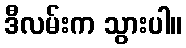
ဒီလမ်းက သွားပါ။